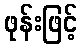
ဖုန်းဖြင့်